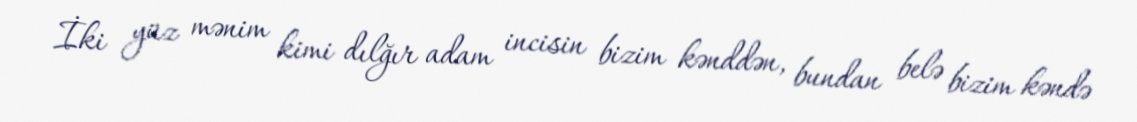
İki yüz mənim kimi dılğır adam incisin bizim kənddən, bundan belə bizim kəndə